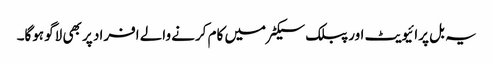
یہ بل پرائیویٹ اور پبلک سیکٹر میں کام کرنے والے افراد پر بھی لاگو ہوگا۔